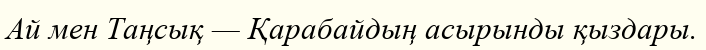
Ай мен Таңсық — Қарабайдың асырынды қыздары.